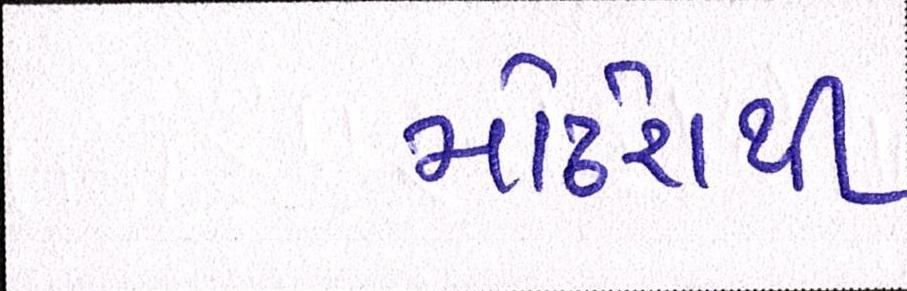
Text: મોઢેરાથી